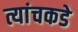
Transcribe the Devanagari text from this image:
त्यांचकडे